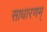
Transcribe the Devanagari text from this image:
साधारणम्